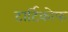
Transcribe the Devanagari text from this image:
टार्टिकोफ